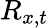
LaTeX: R_{x,t}